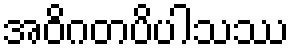
အဝိဂတပိပါသဿ